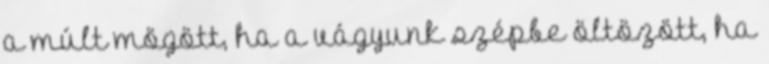
a múlt mögött, ha a vágyunk szépbe öltözött, ha